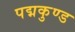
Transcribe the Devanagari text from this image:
पद्मकुण्ड